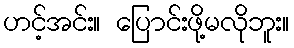
ဟင့်အင်း။ ပြောင်းဖို့မလိုဘူး။